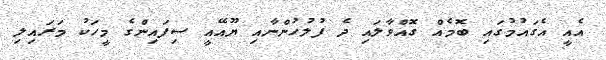
އެއީ އެގައުމުގައި ބޮމެއް ގޮއްވާލައި ދެ ފުލުހުންނާއި ޔޫއޭއީ ސިފައިންގެ މީހަކު މަރައިލި